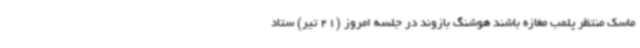
ماسک منتظر پلمب مغازه باشند هوشنگ بازوند در جلسه امروز (21 تیر) ستاد